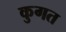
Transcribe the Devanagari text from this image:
कुगत